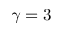
\gamma = 3